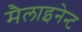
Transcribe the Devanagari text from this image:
मैलाइनेन्ट